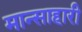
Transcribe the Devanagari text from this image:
मान्साहारी